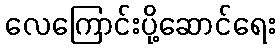
လေကြောင်းပို့ဆောင်ရေး